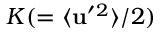
K ( = \langle { { \bf { u } } ^ { \prime } { } ^ { 2 } } \rangle / 2 )